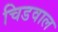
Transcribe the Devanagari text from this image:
चिडवाल